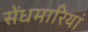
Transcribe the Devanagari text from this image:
सेंधमारियां